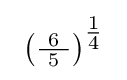
\ \left({\tfrac {\ 6\ }{5}}\right)^{\tfrac {1}{4}}~